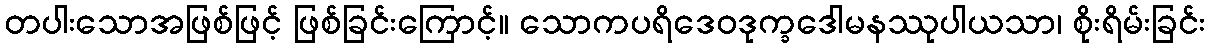
တပါးသောအဖြစ်ဖြင့် ဖြစ်ခြင်းကြောင့်။ သောကပရိဒေဝဒုက္ခဒေါမနဿုပါယသာ၊ စိုးရိမ်းခြင်း